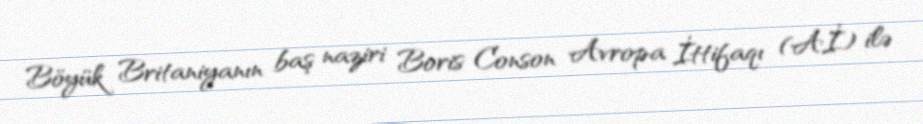
Böyük Britaniyanın baş naziri Boris Conson Avropa İttifaqı (Aİ) ilə